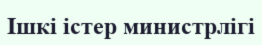
Ішкі істер министрлігі